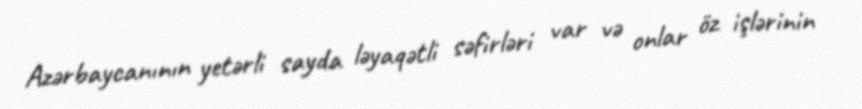
Azərbaycanının yetərli sayda ləyaqətli səfirləri var və onlar öz işlərinin